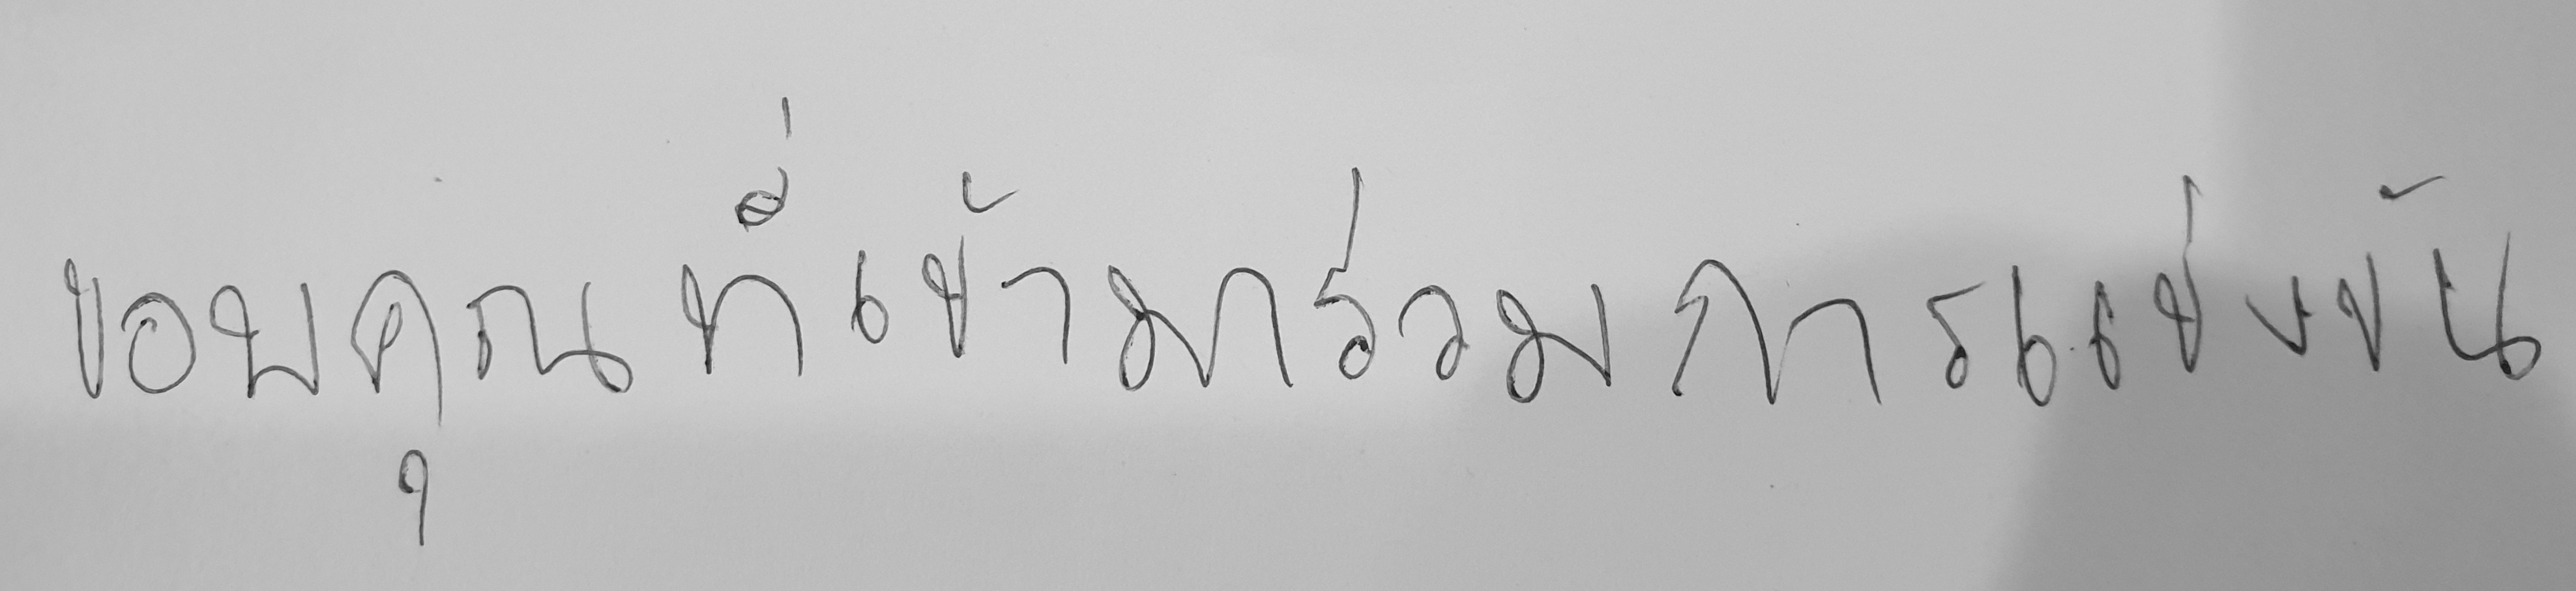
ขอคุณที่เข้ามาร่วมการแข่งขัน